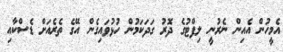
އެމީހުން އެއިން ނެރުނީ ލިފްޓުގެ ދޮރު ގަދަކަމުން ހުޅުވައިގެން އޭގެ ތެރެއަށް ޑެސްކާއި